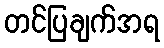
တင်ပြချက်အရ